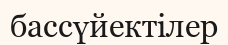
бассүйектілер